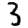
Digit: 3